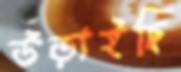
উড়াইছি